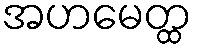
အဟမေတ္ထ